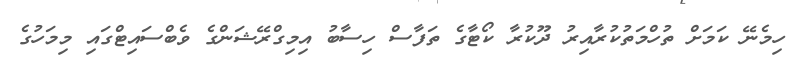
ހިމެނޭ ކަމަށް ތުހްމަތުކުރާއިރު ދޫކުރާ ކޯޓާގެ ތަފާސް ހިސާބު އިމިގްރޭޝަންގެ ވެބްސައިޓްގައި މިމަހުގެ